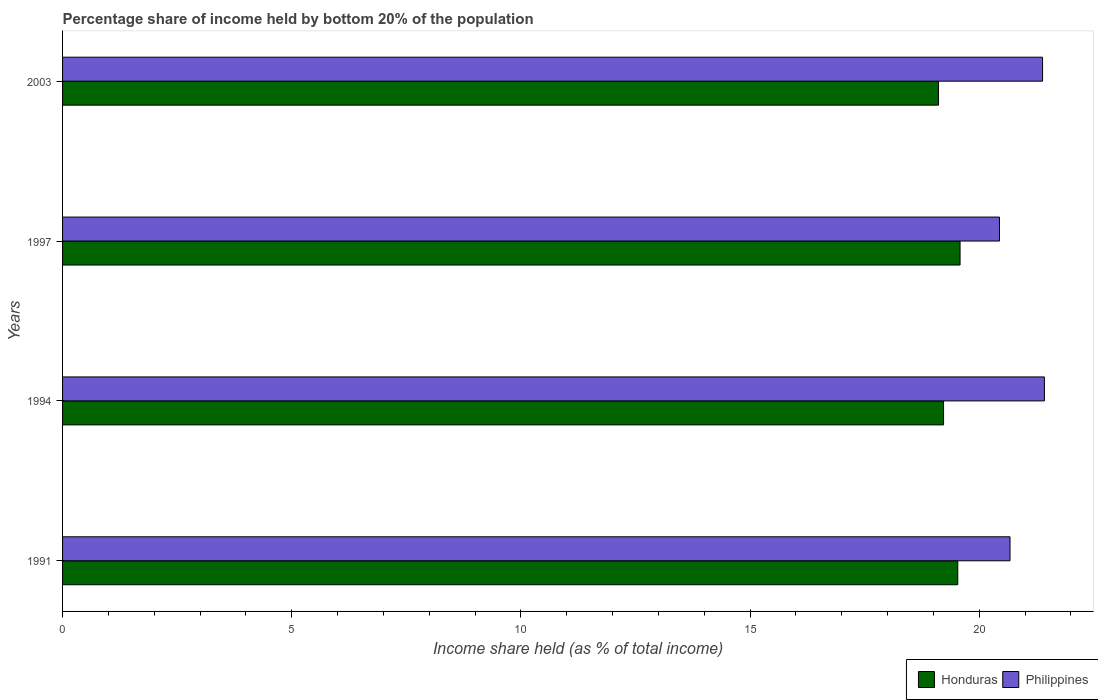
| Years | Honduras | Philippines |
 | --- | --- | --- |
 | 1991 | 19.5 | 20.7 |
 | 1994 | 19.2 | 21.4 |
 | 1997 | 19.6 | 20.4 |
 | 2003 | 19.1 | 21.4 |